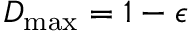
D _ { \mathrm { m a x } } = 1 - \epsilon